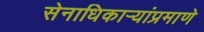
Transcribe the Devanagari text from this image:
सेनाधिकार्‍यांप्रमाणे